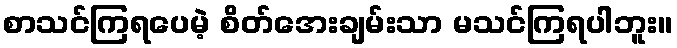
စာသင်ကြရပေမဲ့ စိတ်အေးချမ်းသာ မသင်ကြရပါဘူး။